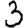
Digit: 3